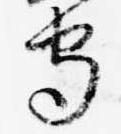
守